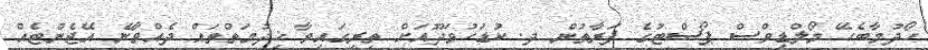
ހޯދުމާބެހޭ މޯލްޑިވްސް ޕޯސްޓުގެ ފަރާތުން ދ. ކުޑަހުވަދޫއަށް ތިރީގައިވާ ޚިދުމަތްތައް ދެއްވާނެ އޭޖެންޓެއް